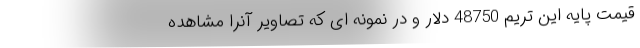
قیمت پایه این تریم 48750 دلار و در نمونه ای که تصاویر آنرا مشاهده